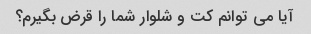
آیا می توانم کت و شلوار شما را قرض بگیرم؟